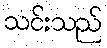
သင်းသည်